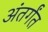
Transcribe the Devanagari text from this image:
अंतर्गंत